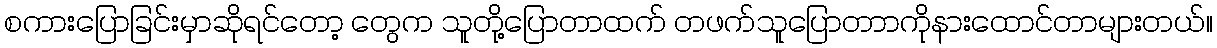
စကားပြောခြင်းမှာဆိုရင်တော့ တွေက သူတို့ပြောတာထက် တဖက်သူပြောတာာကိုနားထောင်တာများတယ်။